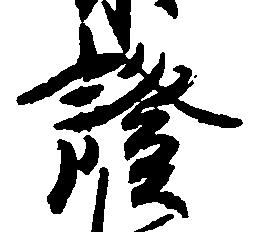
証